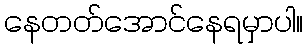
နေတတ်အောင်နေရမှာပါ။